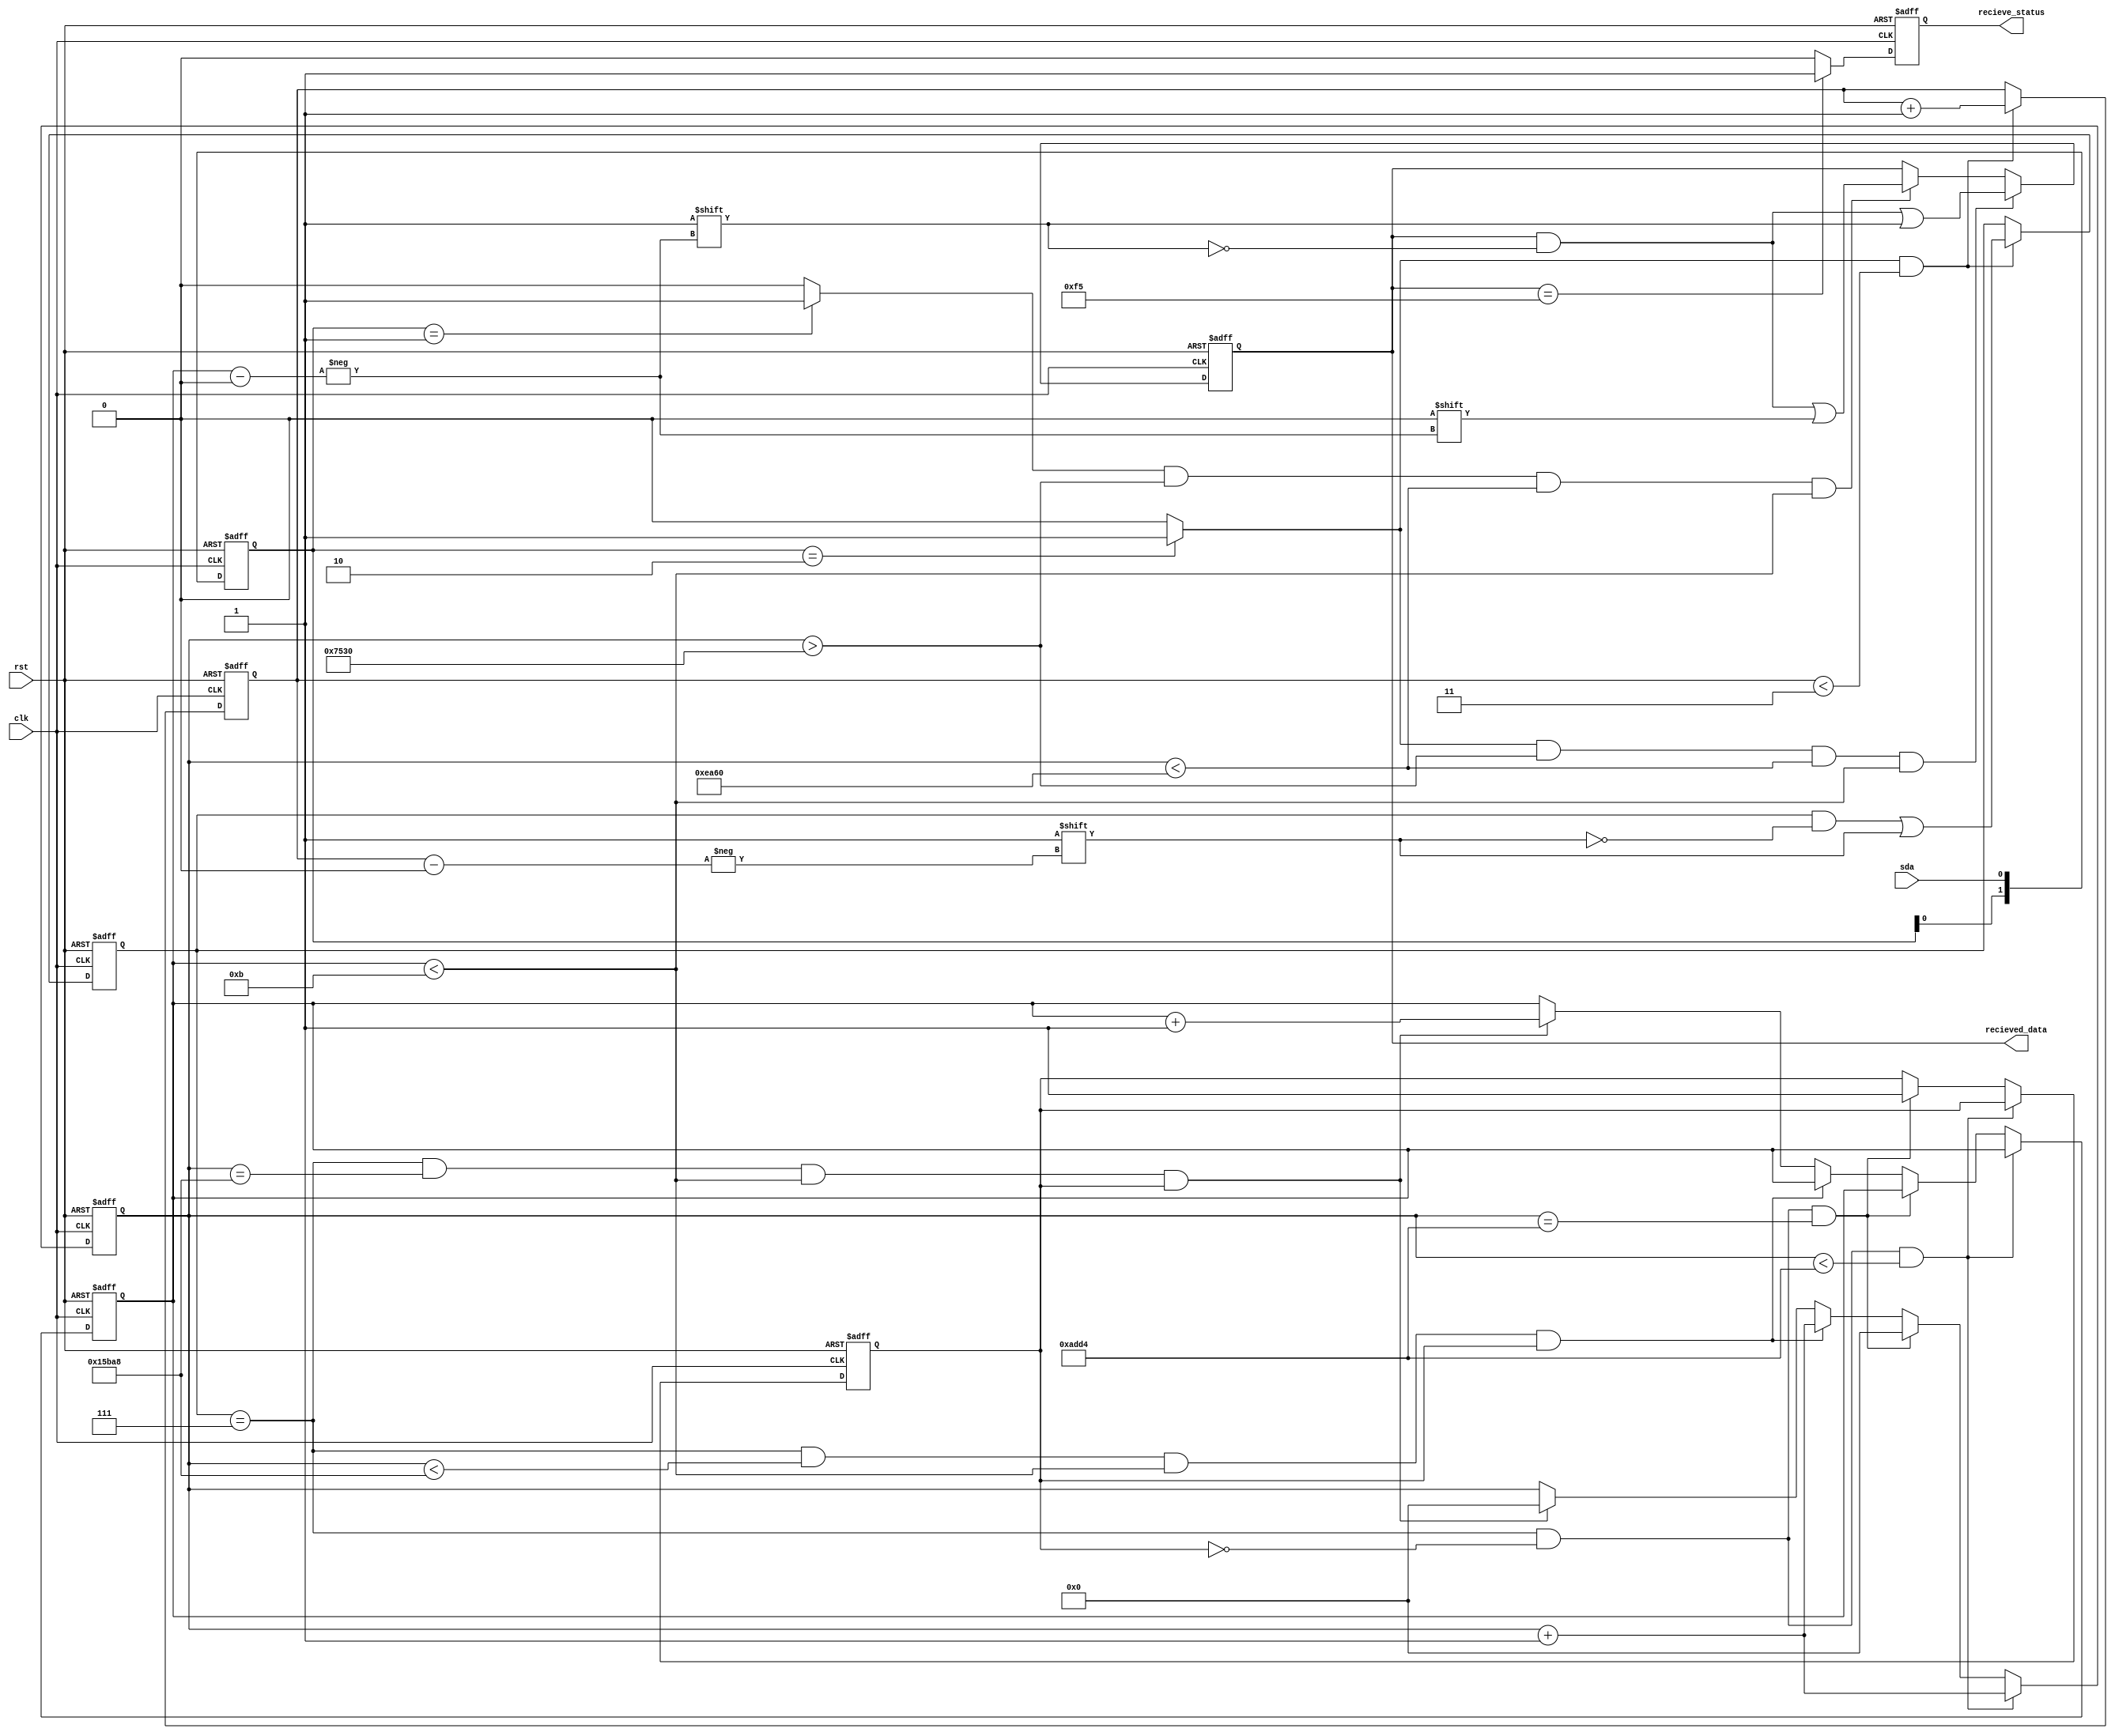
module ir_recieve(
clk, rst, sda, recieve_status,recieved_data
);
input clk;
input rst;
input sda;
output recieve_status;
output [10:0] recieved_data;

reg[1:0] sda_reg;
wire falling_edge;
wire rising_edge;
reg[10:0] recieved_data;
reg[7:0] cyc_cnt;
reg[7:0] start_cnt;
reg recieve_status;
reg [31:0] time_cnt;
reg [2:0] start_bits;
reg data_start;

always @(posedge clk or negedge rst)begin
	if(!rst)begin
		start_bits <= 'h0;
		start_cnt <= 'h0;
		end
	else begin
		if(falling_edge && start_cnt < 'd3)begin
			start_bits[start_cnt]<= 1'b1;
			start_cnt <= start_cnt + 1'b1;
		end
		else begin
			start_bits <= start_bits;
			start_cnt <= start_cnt;
		end
	end
end

always @(posedge clk or negedge rst)begin
	if(!rst)begin
		time_cnt <= 'h0;
		cyc_cnt <= 'h0;
		data_start <= 'h0;
	end
	else begin
		if(start_bits == 3'b111 && data_start == 0 && time_cnt < 'd44500)
			time_cnt <= time_cnt + 1'b1;
		else if(start_bits == 3'b111 && data_start == 0 && time_cnt == 'd44500)begin
			time_cnt <= 'h0;
			data_start <= 'h1;
		end
		else begin
		if(start_bits == 3'b111 && time_cnt < 'd89000 && cyc_cnt < 'd11 && data_start == 1)begin
			time_cnt <= time_cnt + 1'b1;
			end
		else if(start_bits == 3'b111 && time_cnt == 'd89000 && cyc_cnt < 'd11 && data_start == 1)begin
			time_cnt <= 'h0;
			cyc_cnt <= cyc_cnt + 1'b1;
			end
		 else begin
			time_cnt <= time_cnt;
			cyc_cnt <= cyc_cnt;
			data_start <= data_start;
		 end
		 end
	end
end

always @(posedge clk or negedge rst)begin
	if(!rst)
		sda_reg <= 2'b11;
	else begin
		sda_reg[0] <= sda;
		sda_reg[1] <= sda_reg[0];
	end
end

assign falling_edge = (sda_reg[1:0] == 2'b10) ? 1'b1 : 1'b0;
assign rising_edge = (sda_reg[1:0] == 2'b01) ? 1'b1 : 1'b0;

always @(posedge clk or negedge rst)begin
	if(!rst)begin
		recieved_data <= 'h0;
	end
	else begin
		if(falling_edge && time_cnt > 'd30000 && time_cnt < 'd60000 && cyc_cnt < 'd11)begin
			recieved_data[cyc_cnt] <= 1'b1;
		end
		else if(rising_edge && time_cnt > 'd30000 && time_cnt < 'd60000 && cyc_cnt < 'd11)begin
			recieved_data[cyc_cnt] <= 1'b0;
		end
		else begin
			recieved_data <= recieved_data;
		end
	end
end

always @(posedge clk or negedge rst)begin
	if(!rst)
		recieve_status <= 1'b0;
	else
		recieve_status <= ( recieved_data == 11'b00011110101) ? 1'b1 : 1'b0;
		//recieve_status <= ( cyc_cnt == 11) ? 1'b1 : 1'b0;
		//recieve_status <= ( recieved_data == 22'b1010101010101010101010) ? 1'b1 : 1'b0;
end 
endmodule